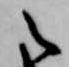
之